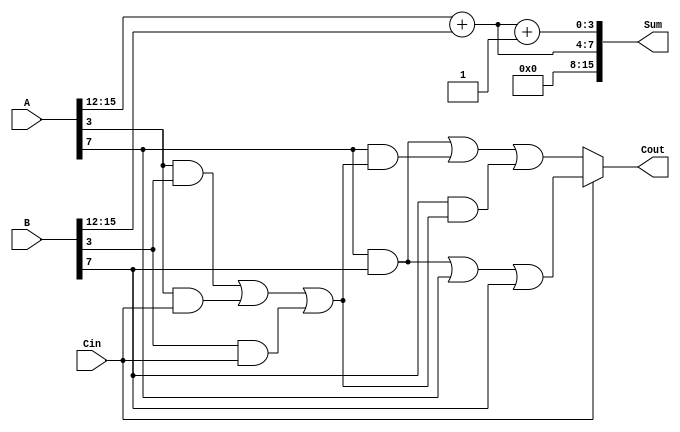
module RCCSA #(parameter N = 16,      // Total bit-width of A and B
                parameter SEGMENT_SIZE = 4) // Segment size
               (input [N-1:0] A, 
                input [N-1:0] B, 
                input Cin, 
                output [N-1:0] Sum, 
                output Cout);

  localparam SEGMENTS = N / SEGMENT_SIZE;

  wire [SEGMENT_SIZE-1:0] sum0[0:SEGMENTS-1], sum1[0:SEGMENTS-1];
  wire [SEGMENTS-1:0] carry_out, carry_in;
  
  // Carry In for the first segment
  assign carry_in[0] = Cin;

  // Full adder function
  function [0:0] FA(input a, input b, input c);
    begin
      FA = (a ^ b) ^ c; // Sum output
    end
  endfunction

  // Segment computation
  generate 
    genvar i;
    for (i = 0; i < SEGMENTS; i = i + 1) begin : segment
      wire [SEGMENT_SIZE-1:0] A_segment = A[i*SEGMENT_SIZE +: SEGMENT_SIZE];
      wire [SEGMENT_SIZE-1:0] B_segment = B[i*SEGMENT_SIZE +: SEGMENT_SIZE];

      // Calculate sum and carry for both cases: assuming carry_in is 0 and 1
      wire carry0, carry1;
      
      // First case: carry_in = 0
      assign sum0[i] = A_segment + B_segment;
      assign carry0 = (A_segment[SEGMENT_SIZE-1] & B_segment[SEGMENT_SIZE-1]) | 
                      (A_segment[SEGMENT_SIZE-1] & carry_in[i]) | 
                      (B_segment[SEGMENT_SIZE-1] & carry_in[i]);

      // Second case: carry_in = 1
      assign sum1[i] = A_segment + B_segment + 1;
      assign carry1 = (A_segment[SEGMENT_SIZE-1] & B_segment[SEGMENT_SIZE-1]) | 
                      (A_segment[SEGMENT_SIZE-1] & 1) | 
                      (B_segment[SEGMENT_SIZE-1] & 1);

      // Select which carry_in to use
      assign carry_out[i] = (i > 0) ? carry_in[i-1] : Cin;

      if (i == 0) begin
        assign carry_in[i+1] = carry0;
      end else begin
        assign carry_in[i+1] = carry_out[i-1] ? carry1 : carry0;
      end
    end
  endgenerate
  
  // Assigning the final output sum
  assign Sum = {sum0[SEGMENTS-1], sum1[SEGMENTS-1]};
  
  // Assign the last carry output
  assign Cout = carry_out[SEGMENTS-1];

endmodule